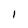
Character: I